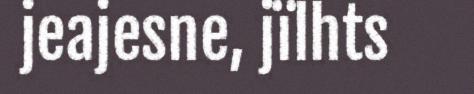
jeajesne, jïlhts